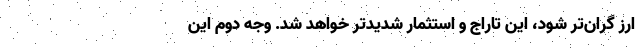
ارز گران‌تر شود، این تاراج و استثمار شدیدتر خواهد شد. وجه دوم این